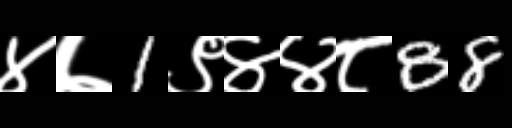
Text: ४७1९४४८88